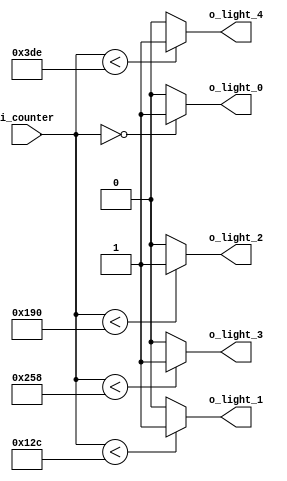
`timescale 1ns / 1ps

module comparater(
    input [9:0] i_counter,
    output o_light_0, o_light_1, o_light_2, o_light_3, o_light_4
    );

    assign o_light_0 = (i_counter == 0) ? 1'b1 : 1'b0;
    assign o_light_1 = (i_counter < 300) ? 1'b1 : 1'b0;
    assign o_light_2 = (i_counter < 400) ? 1'b1 : 1'b0;
    assign o_light_3 = (i_counter < 600) ? 1'b1 : 1'b0;
    assign o_light_4 = (i_counter < 990) ? 1'b1 : 1'b0;

endmodule